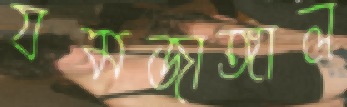
যমজাঙ্গাল